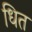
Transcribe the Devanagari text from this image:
धित